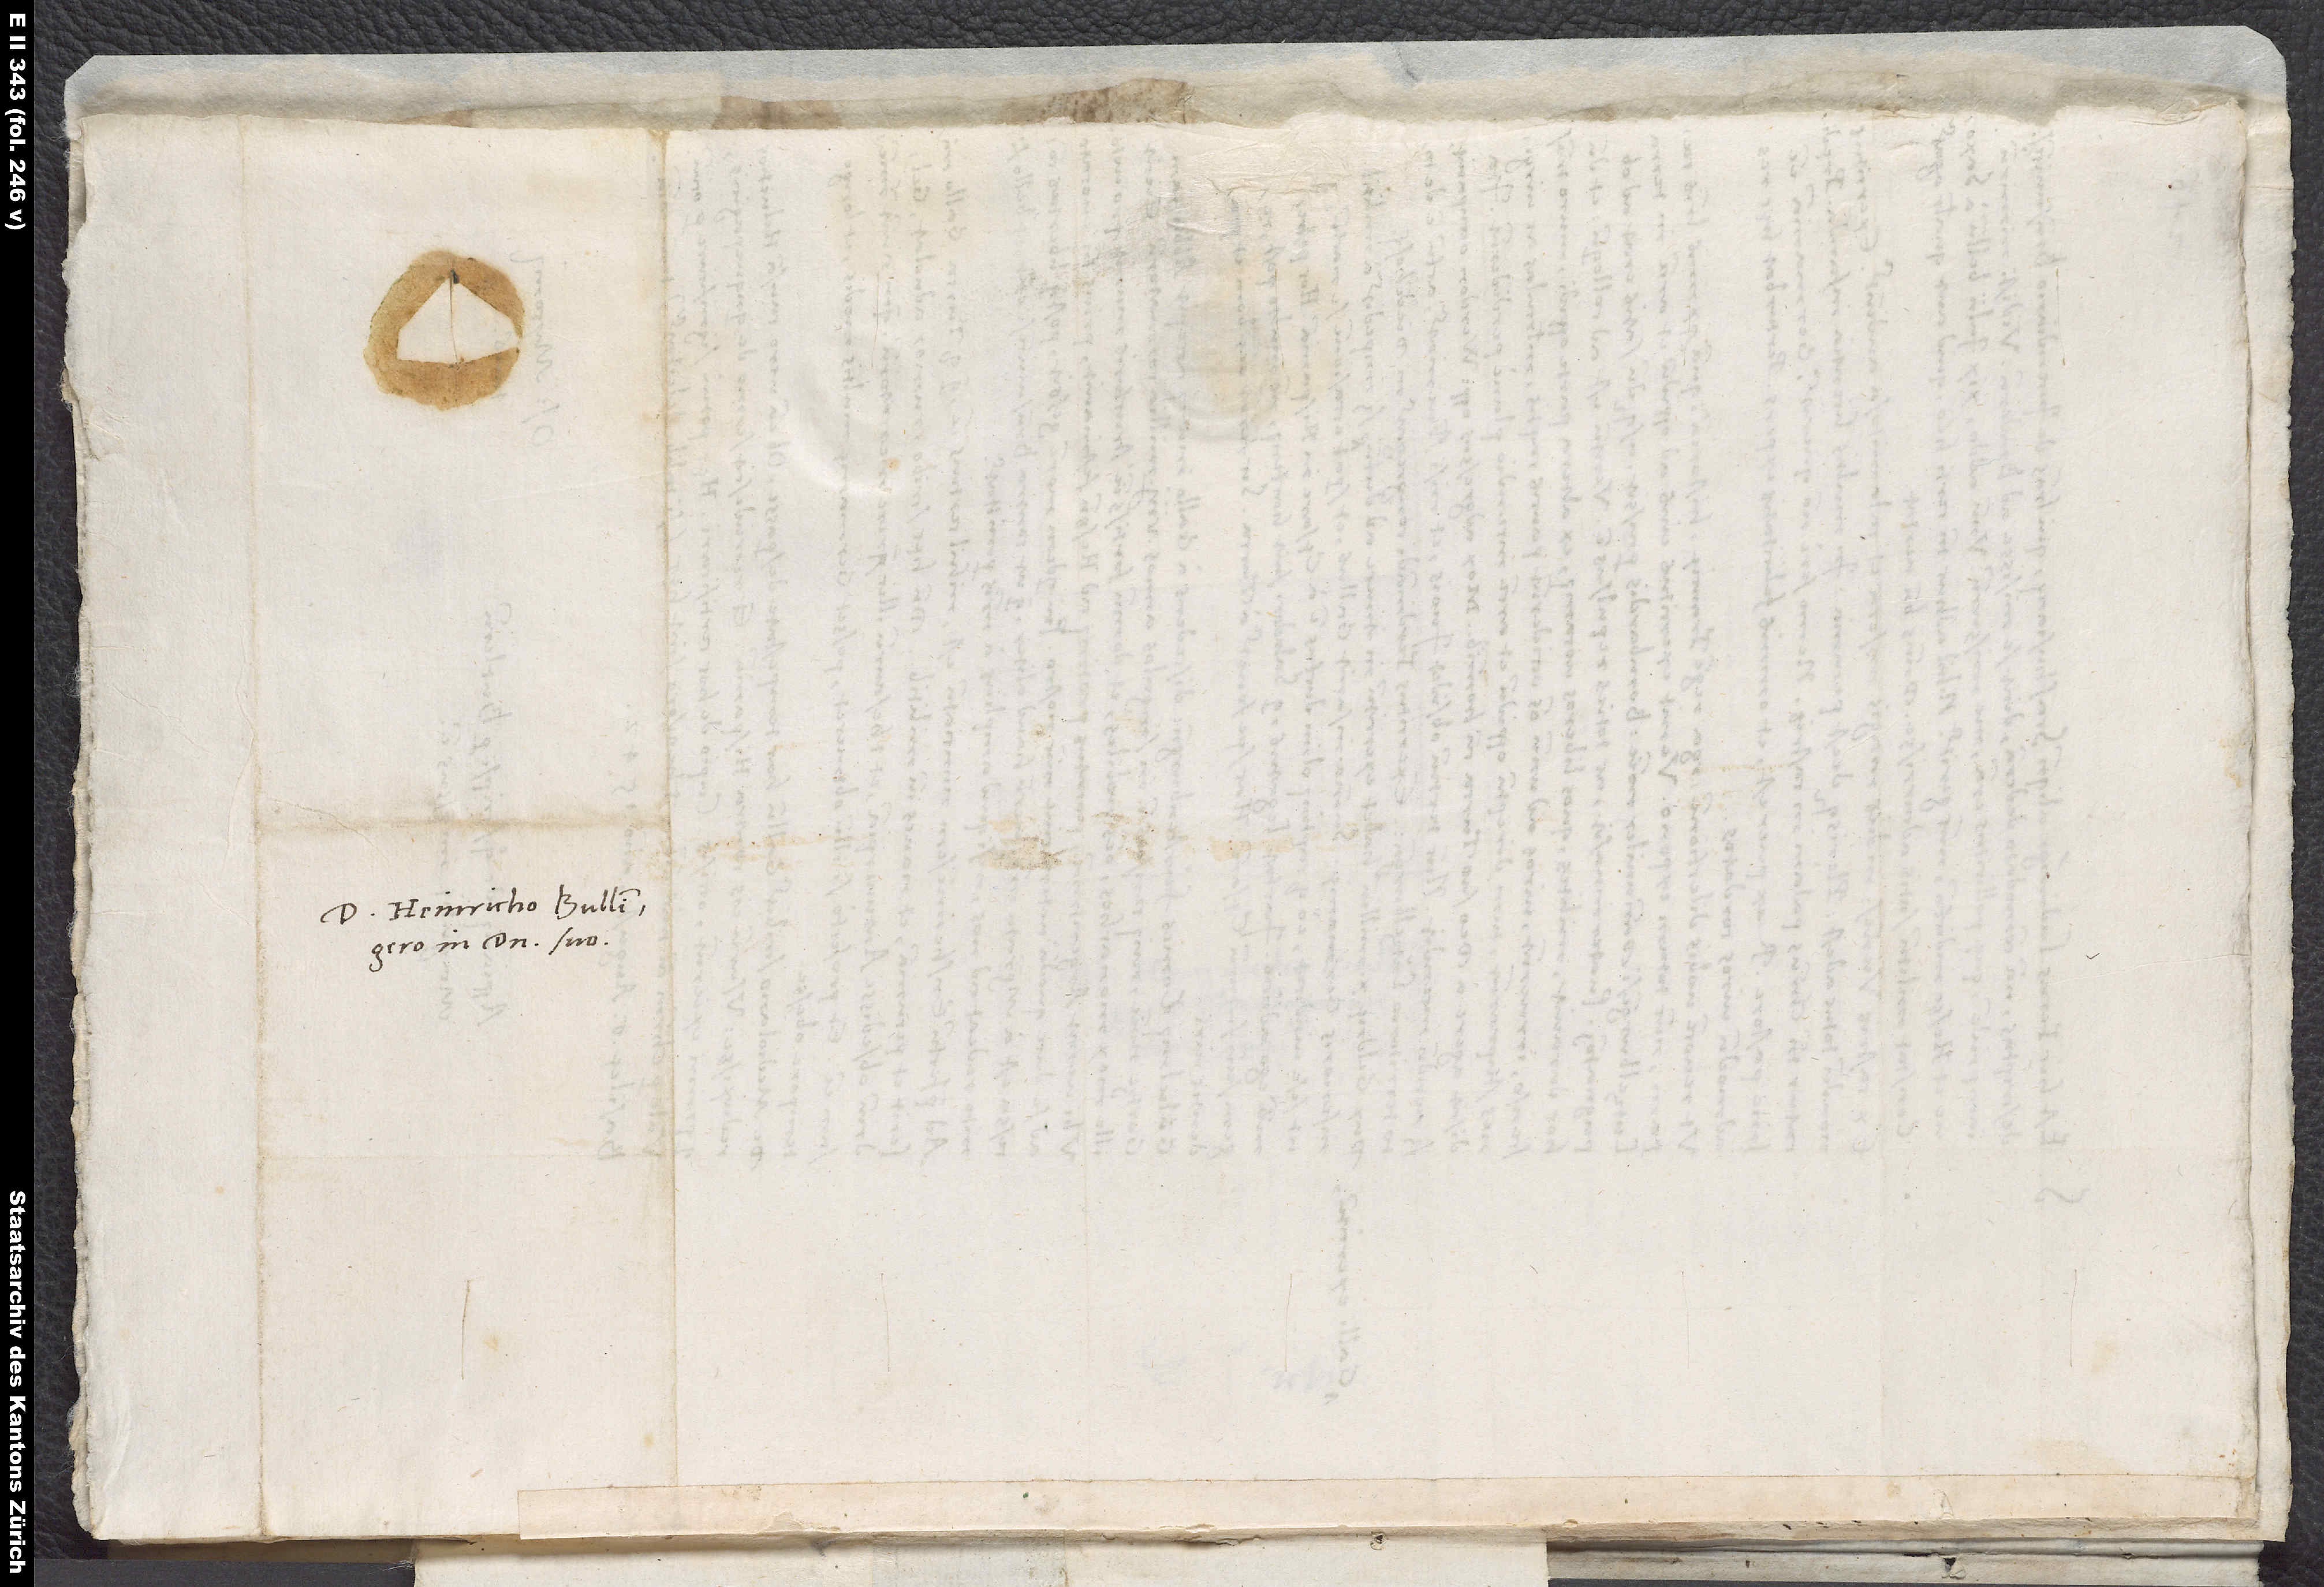
Domino Heinricho Bullingero,
in domino suo.

S.